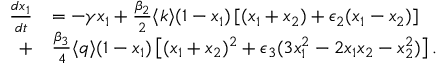
\begin{array} { r l } { \frac { d x _ { 1 } } { d t } } & { = - \gamma x _ { 1 } + \frac { \beta _ { 2 } } { 2 } \langle k \rangle ( 1 - x _ { 1 } ) \left[ ( x _ { 1 } + x _ { 2 } ) + \epsilon _ { 2 } ( x _ { 1 } - x _ { 2 } ) \right] } \\ { + } & { \frac { \beta _ { 3 } } { 4 } \langle q \rangle ( 1 - x _ { 1 } ) \left[ ( x _ { 1 } + x _ { 2 } ) ^ { 2 } + \epsilon _ { 3 } ( 3 x _ { 1 } ^ { 2 } - 2 x _ { 1 } x _ { 2 } - x _ { 2 } ^ { 2 } ) \right] . } \end{array}